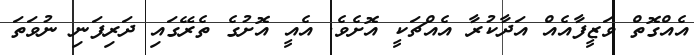
އެއްގޮތް ވަޒީފާއެއް އަދާކުރާ އެއްޗަކީ އޮށެވެ. އެއީ އޮށުގެ ތެރޭގައި ދަރިފަނި ނުވަތަ